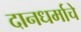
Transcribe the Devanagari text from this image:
दानधर्माचे